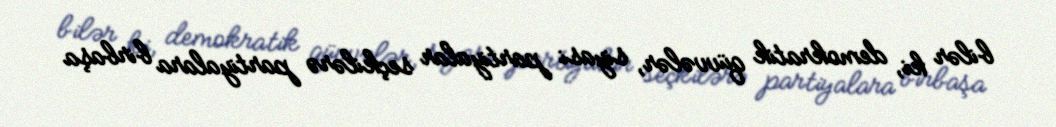
bilər ki, demokratik qüvvələr, siyasi partiyalar seçkilərə partiyalara birbaşa